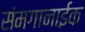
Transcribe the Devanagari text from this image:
संमगानाईक